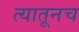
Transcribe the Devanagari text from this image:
त्‍यातूनच